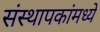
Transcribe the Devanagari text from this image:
संस्थापकांमध्ये